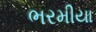
ભરમીયા